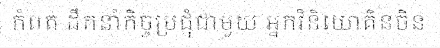
កំពត ដឹកនាំកិច្ចប្រជុំជាមួយ អ្នកវិនិយោគិនចិន